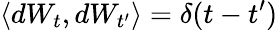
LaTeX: \langle dW_{t},dW_{t^{\prime}}\rangle=\delta(t-t^{\prime})